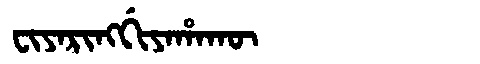
Manchu: ᠸᡳᠶᠠᡵᡳᠩᡤᡳᠶᠠᡥᠠᡴᡡ
Romanization: FIYARINGGIYAHAKŪ